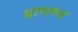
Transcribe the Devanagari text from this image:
प्राणभ्य